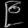
Digit: ၉